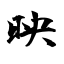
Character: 映